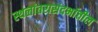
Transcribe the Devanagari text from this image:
स्थलांतरासंदर्भातील